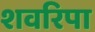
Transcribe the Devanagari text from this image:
शवरिपा